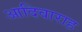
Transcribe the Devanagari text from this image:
आदिवाराह